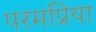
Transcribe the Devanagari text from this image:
परमप्रिया